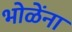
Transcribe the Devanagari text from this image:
भोळेंना